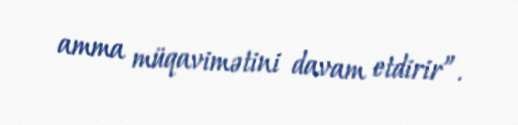
amma müqavimətini davam etdirir”.